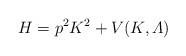
LaTeX: \begin{align*}H = p^2K^2 + V(K, {\mit\Lambda})\end{align*}